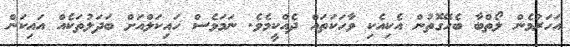
އަހަރުމެން ލޯތްބާ ބެހޭގޮތުން އެކިއެކި ވާހަކަތައް ދެއްކީމެވެ. ނަމަވެސް ހައިކަލްއަށް ބަދަލުތަކެއް އައިކަން